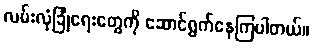
လမ်းလုံခြုံရေးတွေကို ဆောင်ရွက်နေကြပါတယ်။